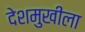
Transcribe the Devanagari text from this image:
देशमुखीला